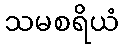
သမစရိယံ